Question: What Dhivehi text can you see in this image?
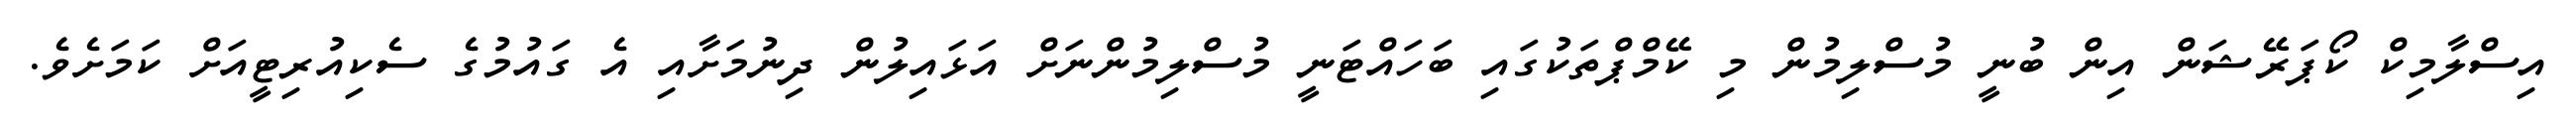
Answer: އިސްލާމިކް ކޯޕަރޭޝަން އިން ބުނީ މުސްލިމުން މި ކޭމްޕްތަކުގައި ބަހައްޓަނީ މުސްލިމުންނަށް އަޅައިލުން ދިނުމަށާއި އެ ގައުމުގެ ސެކިއުރިޓީއަށް ކަމަށެވެ.